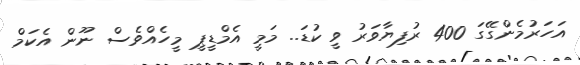
އަހަރުމެންގޭގަ 400 ރުފިޔާވަރު ވީ ކުޑަ.. މަމީ އެމްޑީޕީ މީހެއްވެސް ނޫން އެކަމް